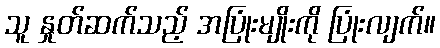
သူ နှုတ်ဆက်သည့် အပြုံးမျိုးကို ပြုံးလျက်။